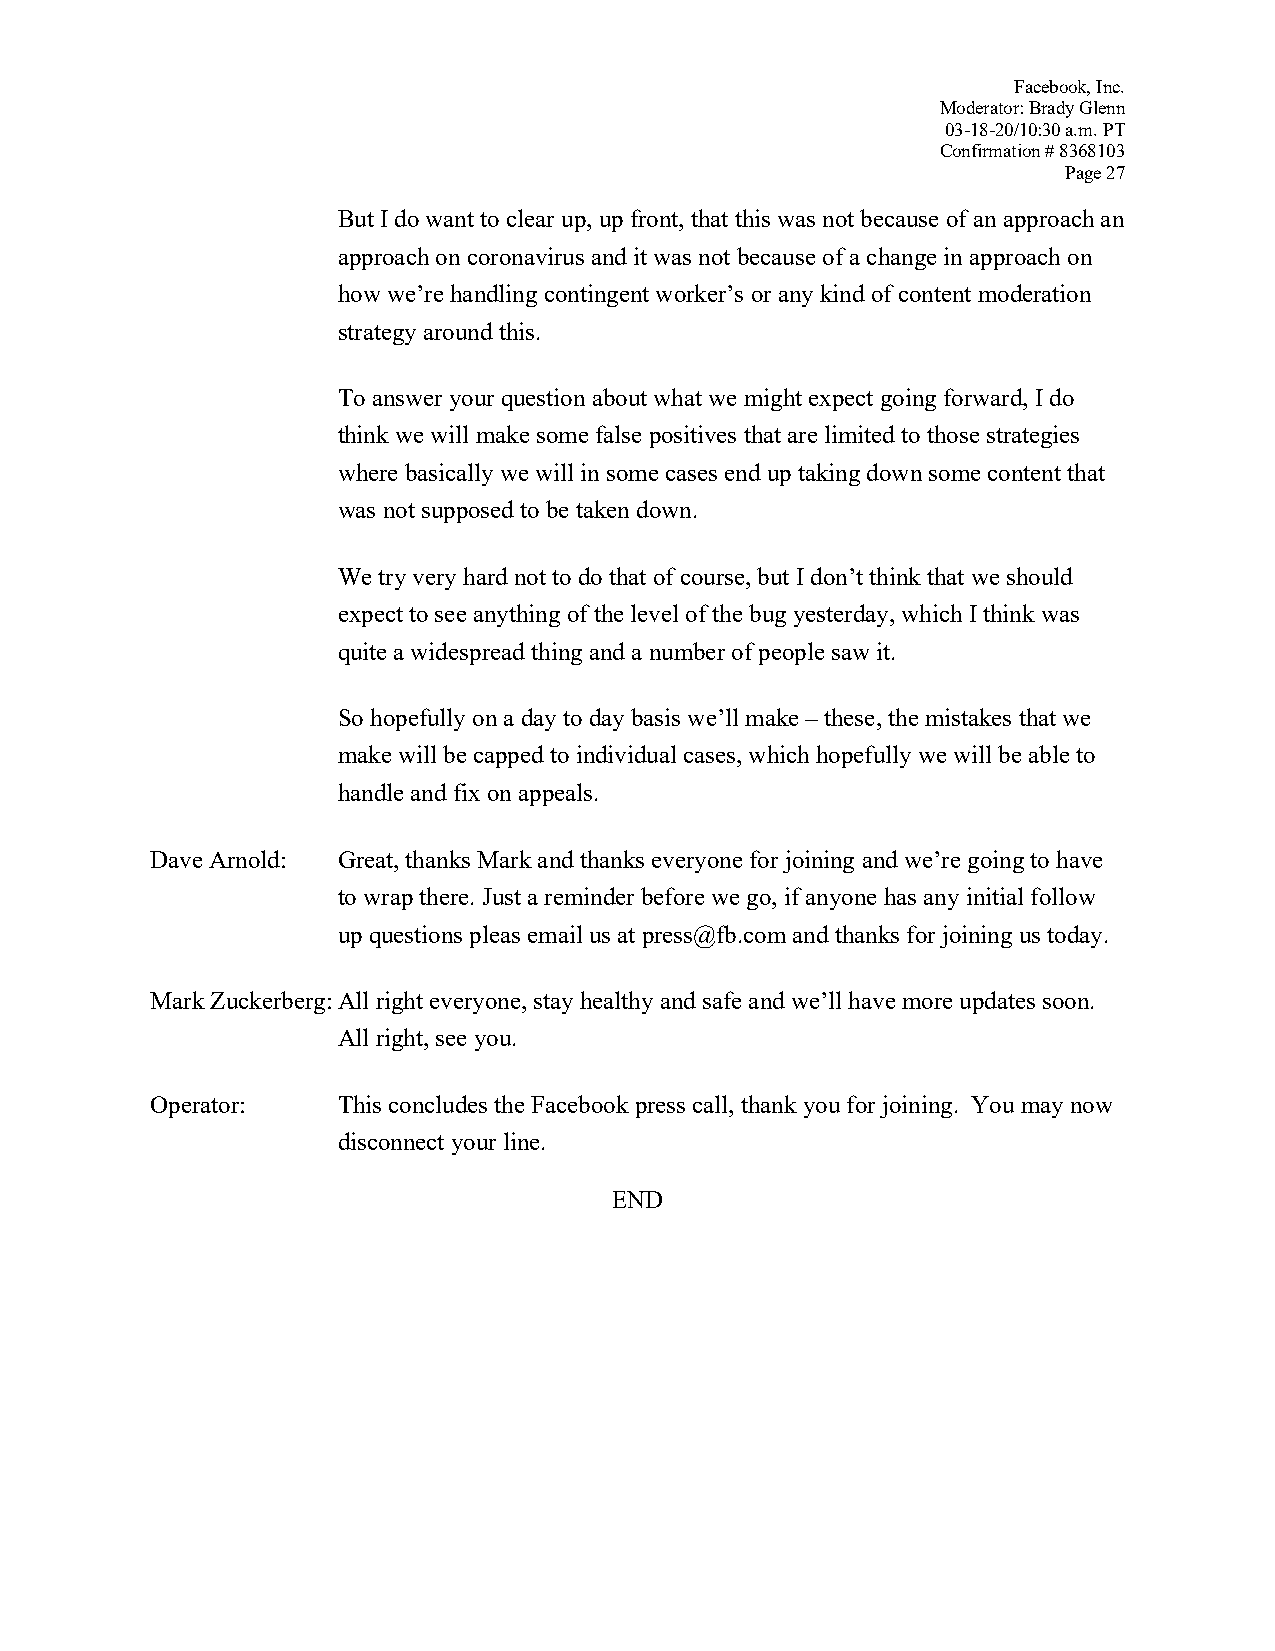
Facebook, Inc.
 Moderator: Brady Glenn
 03-18-20/10:30 a.m. PT
 Confirmation # 8368103
 Page 27
 But I do want to clear up, up front, that this was not because of an approach an
 approach on coronavirus and it was not because of a change in approach on
 how we’re handling contingent worker’s or any kind of content moderation
 strategy around this.
 To answer your question about what we might expect going forward, I do
 think we will make some false positives that are limited to those strategies
 where basically we will in some cases end up taking down some content that
 was not supposed to be taken down.
 We try very hard not to do that of course, but I don’t think that we should
 expect to see anything of the level of the bug yesterday, which I think was
 quite a widespread thing and a number of people saw it.
 So hopefully on a day to day basis we’ll make – these, the mistakes that we
 make will be capped to individual cases, which hopefully we will be able to
 handle and fix on appeals.
 Dave Arnold: Great, thanks Mark and thanks everyone for joining and we’re going to have
 to wrap there. Just a reminder before we go, if anyone has any initial follow
 up questions pleas email us at press@fb.com and thanks for joining us today.
 Mark Zuckerberg: All right everyone, stay healthy and safe and we’ll have more updates soon.
 All right, see you.
 Operator:   This concludes the Facebook press call, thank you for joining. You may now
 disconnect your line.
 END